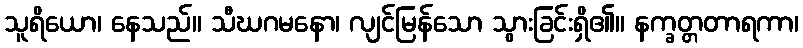
သူရိယော၊ နေသည်။ သီဃဂမနော၊ လျင်မြန်သော သွားခြင်းရှိ၏။ နက္ခတ္တတာရကာ၊